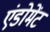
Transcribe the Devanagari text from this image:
एंडोमेंट